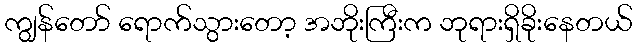
ကျွန်တော် ရောက်သွားတော့ အဘိုးကြီးက ဘုရားရှိခိုးနေတယ်